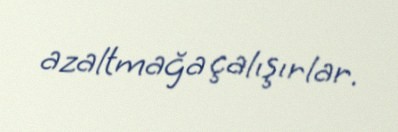
azaltmağa çalışırlar.